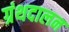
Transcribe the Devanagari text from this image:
ग्रंथदालन